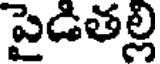
పైడితల్లి